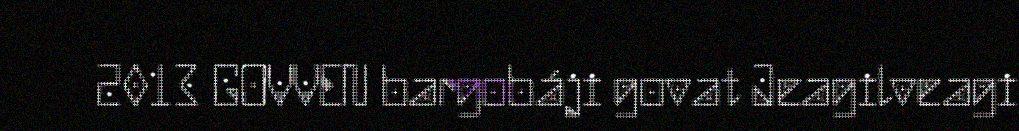
2013 GOVVEN bargobáji govat Jeagilveagi